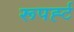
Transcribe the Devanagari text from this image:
रूपर्ह्ट